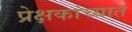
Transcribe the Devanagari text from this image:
प्रेक्षकांच्यात